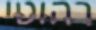
רהוטי